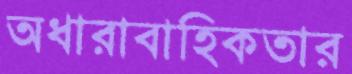
অধারাবাহিকতার